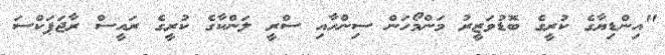
"އިންޑިޔާގެ ކުރީގެ ބޮޑުވަޒީރު މަންމޯހަން ސިންހާއި ސްރީ ލަންކާގެ ކުރީގެ ރައީސް ރާޖަޕަކްސަ